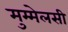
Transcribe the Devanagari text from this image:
मुम्मेलसी